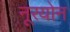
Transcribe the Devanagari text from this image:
नूरयोन